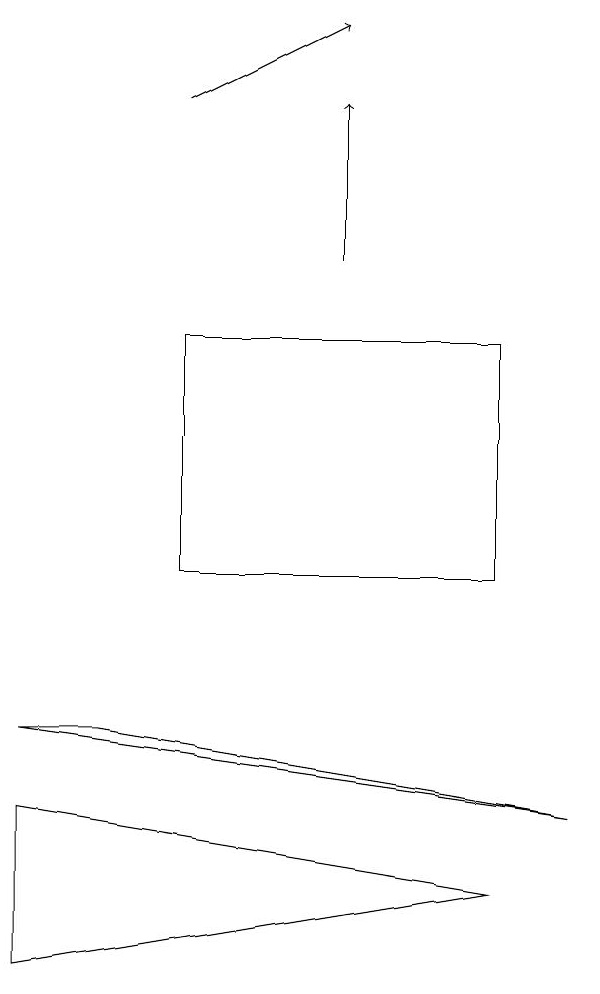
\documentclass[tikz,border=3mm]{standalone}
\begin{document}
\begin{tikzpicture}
\draw[->] (6,14) -- (6,16);
\draw (8,6) -- (2,5) -- (2,7) -- cycle;
\draw[->] (4,16) -- (6,17);
\draw (4,10) rectangle (8,13);
\draw (3,8) -- (9,7) -- (2,8) -- cycle;
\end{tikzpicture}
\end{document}